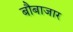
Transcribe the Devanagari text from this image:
बौबाजार